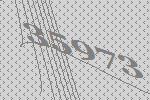
35973